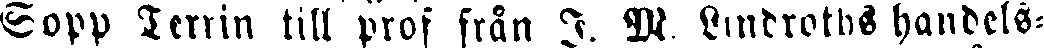
Sopp Terrin till prof från I. M, Lindroths handels-